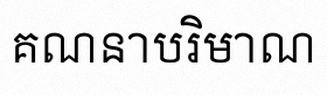
គណនាបរិមាណ